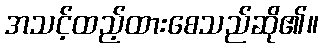
အသင့်ထည့်ထားစေသည်ဆို၏။